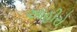
આહીરો